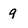
Character: 9